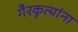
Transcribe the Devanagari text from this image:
गैरकृत्यांना